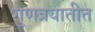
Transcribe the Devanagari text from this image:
गुणत्रयातीत